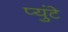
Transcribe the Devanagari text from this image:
प्युंटे